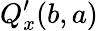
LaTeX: Q_{x}^{\prime}(b,a)